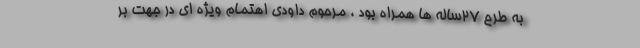
به طرح ۲۷ساله ها همراه بود ، مرحوم داودی اهتمام ویژه ای در جهت بر